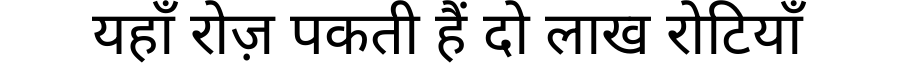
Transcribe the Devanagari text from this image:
यहाँ रोज़ पकती हैं दो लाख रोटियाँ